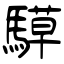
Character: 騲